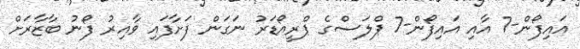
އައިފޯން-7 އާއި އައިފޯން-7 ޕްލަސްގެ ޕްރީއޯޑަރު ނަގަން ފަށާފައި ވާއިރު ފޯނު ބާޒާރަށް